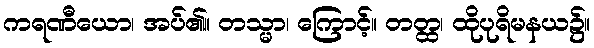
ကရဏီယော၊ အပ်၏။ တသ္မာ၊ ကြောင့်။ တတ္ထ၊ ထိုပုရိမနယ၌။